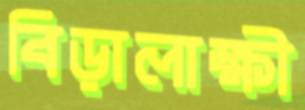
বিড়ালাক্ষী